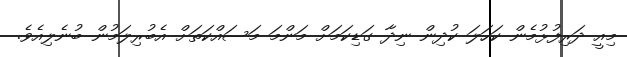
މިއީ ދަރިފުޅުމެން ކަހަލަ ކުދިން ނިދާ ގަޑިކަމަށް މަންމަ މަސައްކަތަށް އެބުރިލަމުން ބުނެލިއެވެ.